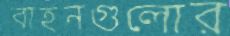
বাহনগুলোর